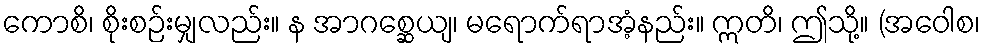
ကောစိ၊ စိုးစဉ်းမျှလည်း။ န အာဂစ္ဆေယျ၊ မရောက်ရာအံ့နည်း။ ဣတိ၊ ဤသို့။ (အဝေါစ၊